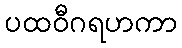
ပထဝီဂရဟကာ